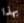
بهذا